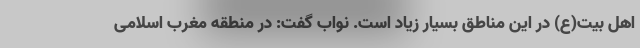
اهل بیت(ع) در این مناطق بسیار زیاد است. نواب گفت: در منطقه مغرب اسلامی